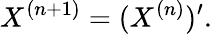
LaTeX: X^{(n+1)}=(X^{(n)})^{\prime}.